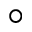
^ { \circ }